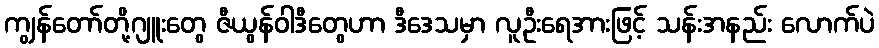
ကျွန်တော်တို့ဂျူးတွေ ဇီယွန်ဝါဒီတွေဟာ ဒီဒေသမှာ လူဦးရေအားဖြင့် သန်းအနည်း လောက်ပဲ